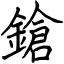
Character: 鎗